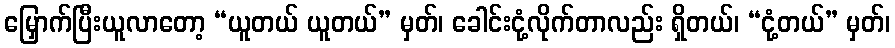
မြှောက်ပြီးယူလာတော့ “ယူတယ် ယူတယ်” မှတ်၊ ခေါင်းငုံ့လိုက်တာလည်း ရှိတယ်၊ “ငုံ့တယ်” မှတ်၊